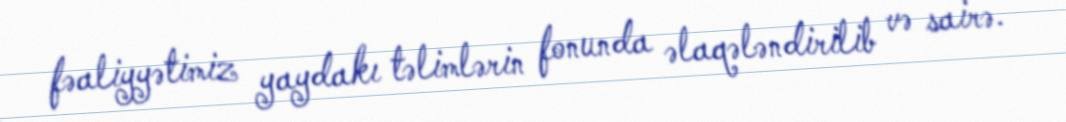
fəaliyyətimiz yaydakı təlimlərin fonunda əlaqələndirilib və sairə.